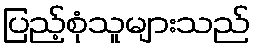
ပြည့်စုံသူများသည်